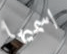
اسميها